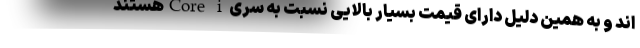
اند و به همین دلیل دارای قیمت بسیار بالایی نسبت به سری Core iهستند